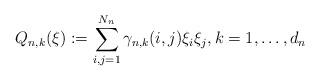
LaTeX: \begin{align*}Q_{n,k}(\xi):=\sum_{i,j=1}^{N_n}\gamma_{n,k}(i,j)\xi_i\xi_j,k=1,\dots,d_n\end{align*}